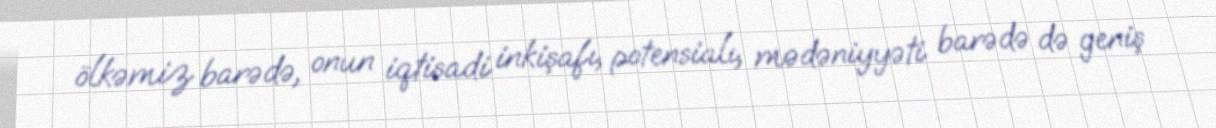
ölkəmiz barədə, onun iqtisadi inkişafı, potensialı, mədəniyyəti barədə də geniş